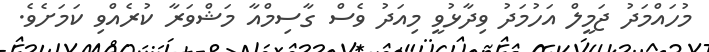
މުހައްމަދު ޖަމީލް އަހުމަދު ވިދާޅުވީ މިއަދު ވެސް ގާސިމްއާ މަޝްވަރާ ކުރެއްވި ކަމަށެވެ.